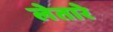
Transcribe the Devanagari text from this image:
लेतारे